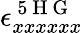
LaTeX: \epsilon_{xxxxxx}^{\mathrm{~5~H~G~}}